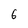
Character: 6